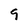
Character: 9